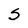
Character: S